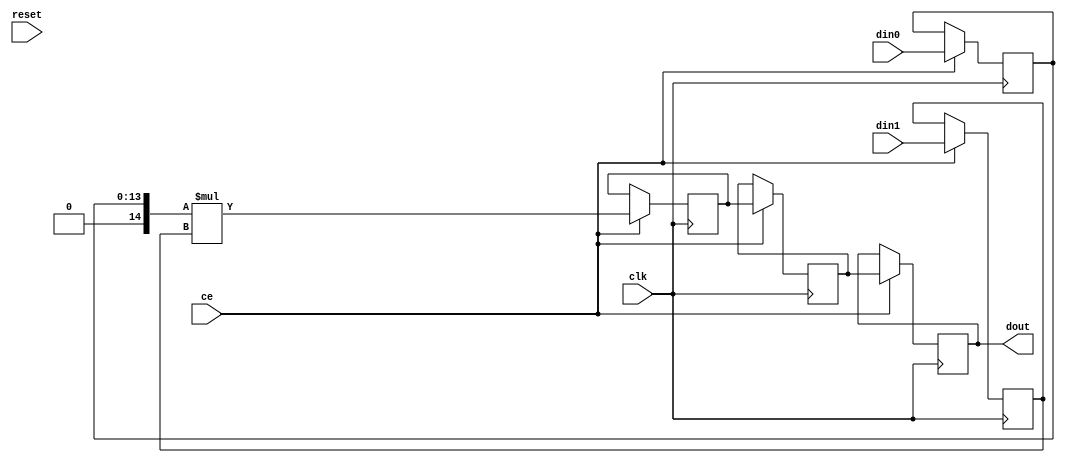
// Copyright (C) 2022, Advanced Micro Devices, Inc. All rights reserved.
// SPDX-License-Identifier: MIT
// ==============================================================
// Version: 2022.1
// ==============================================================

`timescale 1 ns / 1 ps

module pp_pipeline_accel_mul_48ns_42s_74_5_0(clk, ce, reset, din0, din1, dout);
parameter ID = 1;
parameter NUM_STAGE = 4;
parameter din0_WIDTH = 14;
parameter din1_WIDTH = 12;
parameter dout_WIDTH = 26;
input clk;
input ce;
input reset;
input[din0_WIDTH - 1 : 0] din0; 
input[din1_WIDTH - 1 : 0] din1; 
output[dout_WIDTH - 1 : 0] dout;

reg [din0_WIDTH - 1 : 0] a_reg0;
reg signed [din1_WIDTH - 1 : 0] b_reg0;
wire signed [dout_WIDTH - 1 : 0] tmp_product;
reg signed [dout_WIDTH - 1 : 0] buff0;
reg signed [dout_WIDTH - 1 : 0] buff1;
reg signed [dout_WIDTH - 1 : 0] buff2;

assign dout = buff2;
assign tmp_product = $signed({1'b0, a_reg0}) * b_reg0;
always @ (posedge clk) begin
    if (ce) begin
        a_reg0 <= din0;
        b_reg0 <= din1;
        buff0 <= tmp_product;
        buff1 <= buff0;
        buff2 <= buff1;
    end
end
endmodule